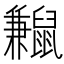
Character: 𪕼